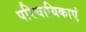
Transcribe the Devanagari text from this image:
परिचायिकाएं